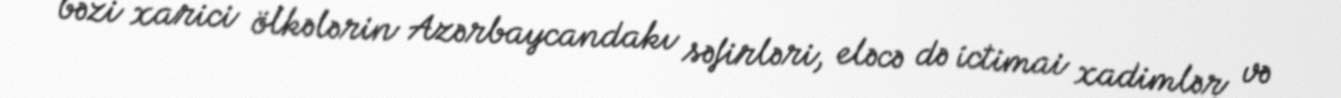
bəzi xarici ölkələrin Azərbaycandakı səfirləri, eləcə də ictimai xadimlər və